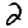
Digit: 2